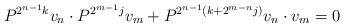
LaTeX: \begin{align*}P^{2^{n-1}k}v_n\cdot P^{2^{m-1}j}v_m + P^{2^{n-1}(k+2^{m-n}j)}v_n\cdot v_m =0\end{align*}